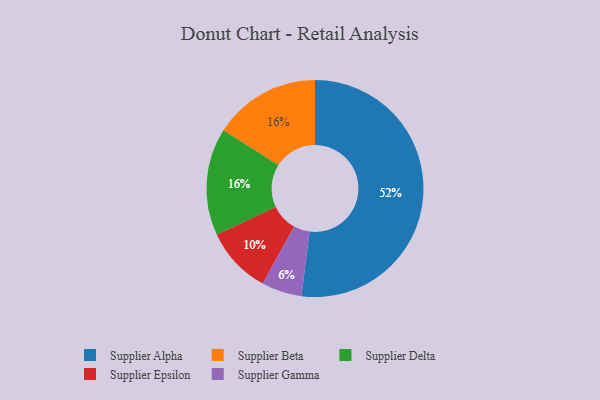
{"axis": {"x": "Category", "y": "Percentage"}, "legend": ["Supplier Alpha", "Supplier Beta", "Supplier Delta", "Supplier Epsilon", "Supplier Gamma"], "data": [{"x": "Supplier Beta", "y": 16, "type": "Supplier Beta"}, {"x": "Supplier Epsilon", "y": 10, "type": "Supplier Epsilon"}, {"x": "Supplier Gamma", "y": 6, "type": "Supplier Gamma"}, {"x": "Supplier Alpha", "y": 52, "type": "Supplier Alpha"}, {"x": "Supplier Delta", "y": 16, "type": "Supplier Delta"}]}